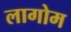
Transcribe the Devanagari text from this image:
लागोम